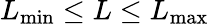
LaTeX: L_{\mathrm{min}}\le L\le L_{\mathrm{max}}